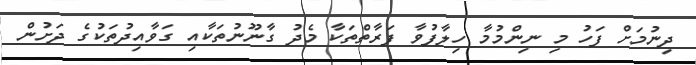
ދިނުމަށް ފަހު މި ނިންމުމާ ހިލާފުވާ ފަރާތްތަކާ މެދު ގާނޫނުތަކާއި ގަވާއިދުތަކުގެ ދަށުން